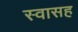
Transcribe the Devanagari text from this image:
स्‍वासह